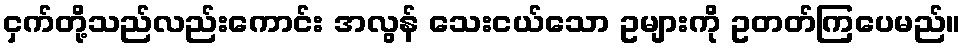
ငှက်တို့သည်လည်းကောင်း အလွန် သေးငယ်သော ဥများကို ဥတတ်ကြပေမည်။